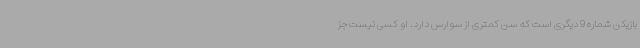
بازیکن شماره 9 دیگری است که سن کمتری از سوارس دارد. او کسی نیست جز